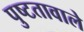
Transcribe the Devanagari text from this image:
पुष्टतावाले